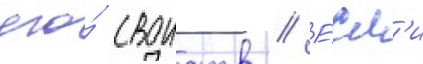
его́ своиств // Е́сл'и